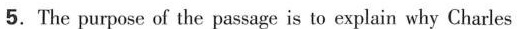
5.The purpose of the passage is to explain why Charles